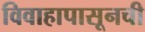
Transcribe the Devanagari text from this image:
विवाहापासूनची